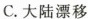
C.大陆漂移